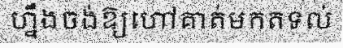
ហ្នឹងចង់ឱ្យហៅគាត់មកតទល់